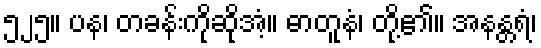
၅၂၅။ ပန၊ တခန်းကိုဆိုအံ့။ ဓာတူနံ၊ တို့၏။ အနန္တရံ၊